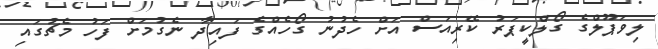
ލިވަޕޫލްގެ ގޯލްކީޕަރު ކޭރިއަސް އަށް ހެދުނު ގޯހެއްގެ ފައިދާ ނެގުމަށް ފަހު މެޗުގައި